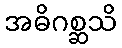
အဓိဂစ္ဆသိ